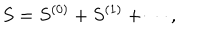
S = S ^ { ( 0 ) } + S ^ { ( 1 ) } + \cdots ,